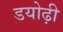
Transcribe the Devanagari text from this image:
डयोढ़ी